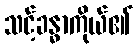
သင့်ခန္ဓာကိုယ်၏